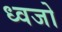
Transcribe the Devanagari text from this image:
ध्वजो